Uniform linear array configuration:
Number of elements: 32
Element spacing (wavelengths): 1
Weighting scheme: exponential
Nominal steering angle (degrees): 60
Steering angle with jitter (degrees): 60.779
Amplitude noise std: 0.05
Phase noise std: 0.05

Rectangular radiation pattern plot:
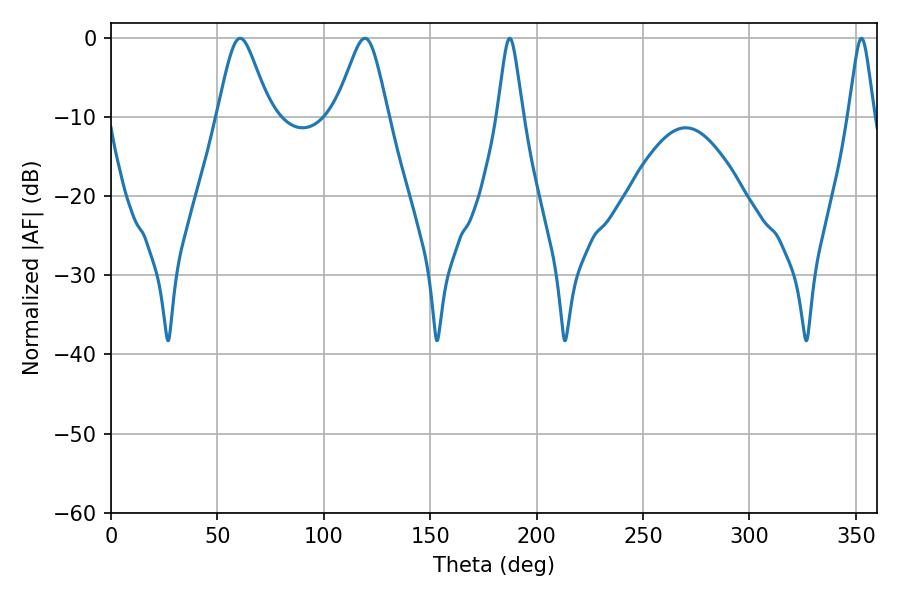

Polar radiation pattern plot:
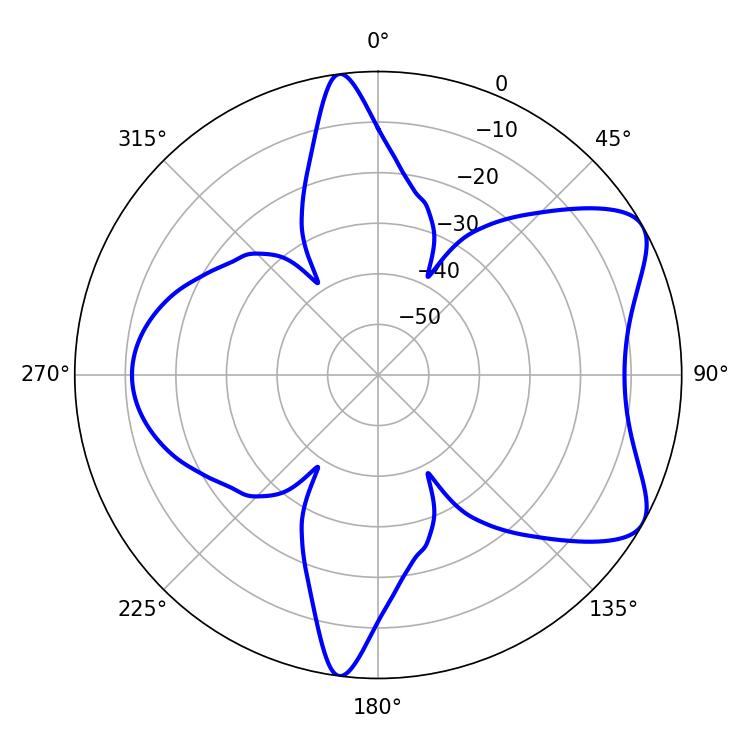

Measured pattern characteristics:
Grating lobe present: TRUE
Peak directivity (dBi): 7.032
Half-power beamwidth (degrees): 11.88
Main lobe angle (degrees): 60.66